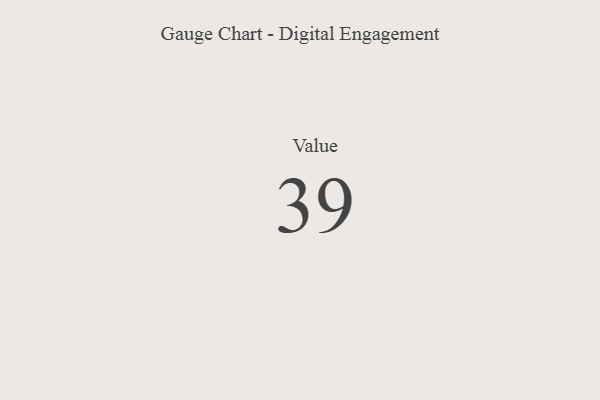
{"axis": {"x": "Metric", "y": "Value"}, "legend": [""], "data": [{"x": "Value", "y": 39, "type": ""}]}